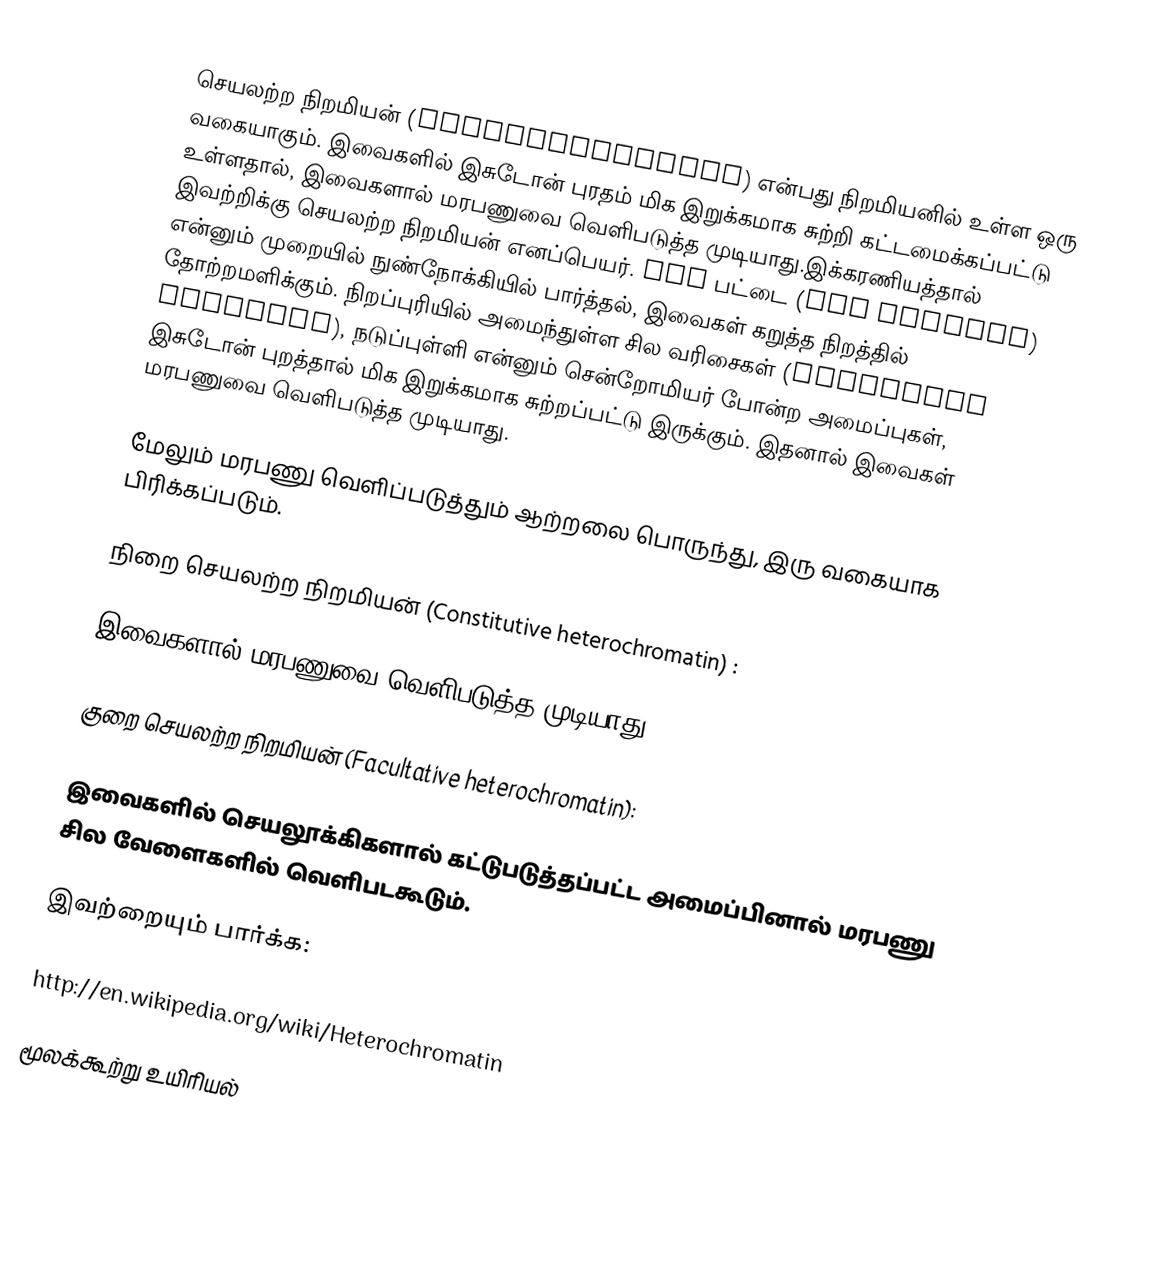
செயலற்ற நிறமியன் (heterochromatin) என்பது நிறமியனில் உள்ள ஒரு வகையாகும். இவைகளில் இசுடோன் புரதம் மிக இறுக்கமாக சுற்றி கட்டமைக்கப்பட்டு உள்ளதால், இவைகளால் மரபணுவை வெளிபடுத்த முடியாது.இக்கரணியத்தால் இவற்றிக்கு செயலற்ற நிறமியன் எனப்பெயர். GTG பட்டை (GTG banding) என்னும் முறையில்  நுண்நோக்கியில் பார்த்தல்,   இவைகள் கறுத்த நிறத்தில் தோற்றமளிக்கும். நிறப்புரியில் அமைந்துள்ள சில வரிசைகள் (Satellite sequence), நடுப்புள்ளி என்னும் சென்றோமியர் போன்ற அமைப்புகள், இசுடோன் புறத்தால் மிக இறுக்கமாக சுற்றப்பட்டு இருக்கும். இதனால் இவைகள் மரபணுவை வெளிபடுத்த முடியாது.

மேலும் மரபணு வெளிப்படுத்தும் ஆற்றலை பொருந்து, இரு வகையாக பிரிக்கப்படும்.

நிறை செயலற்ற நிறமியன் (Constitutive heterochromatin) :

இவைகளால் மரபணுவை வெளிபடுத்த முடியாது.

குறை செயலற்ற நிறமியன் (Facultative heterochromatin):

இவைகளில் செயலூக்கிகளால் கட்டுபடுத்தப்பட்ட அமைப்பினால் மரபணு சில வேளைகளில் வெளிபடகூடும்.

இவற்றையும் பார்க்க:

http://en.wikipedia.org/wiki/Heterochromatin

மூலக்கூற்று உயிரியல்